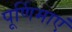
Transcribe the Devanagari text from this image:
पूर्णिमाएं